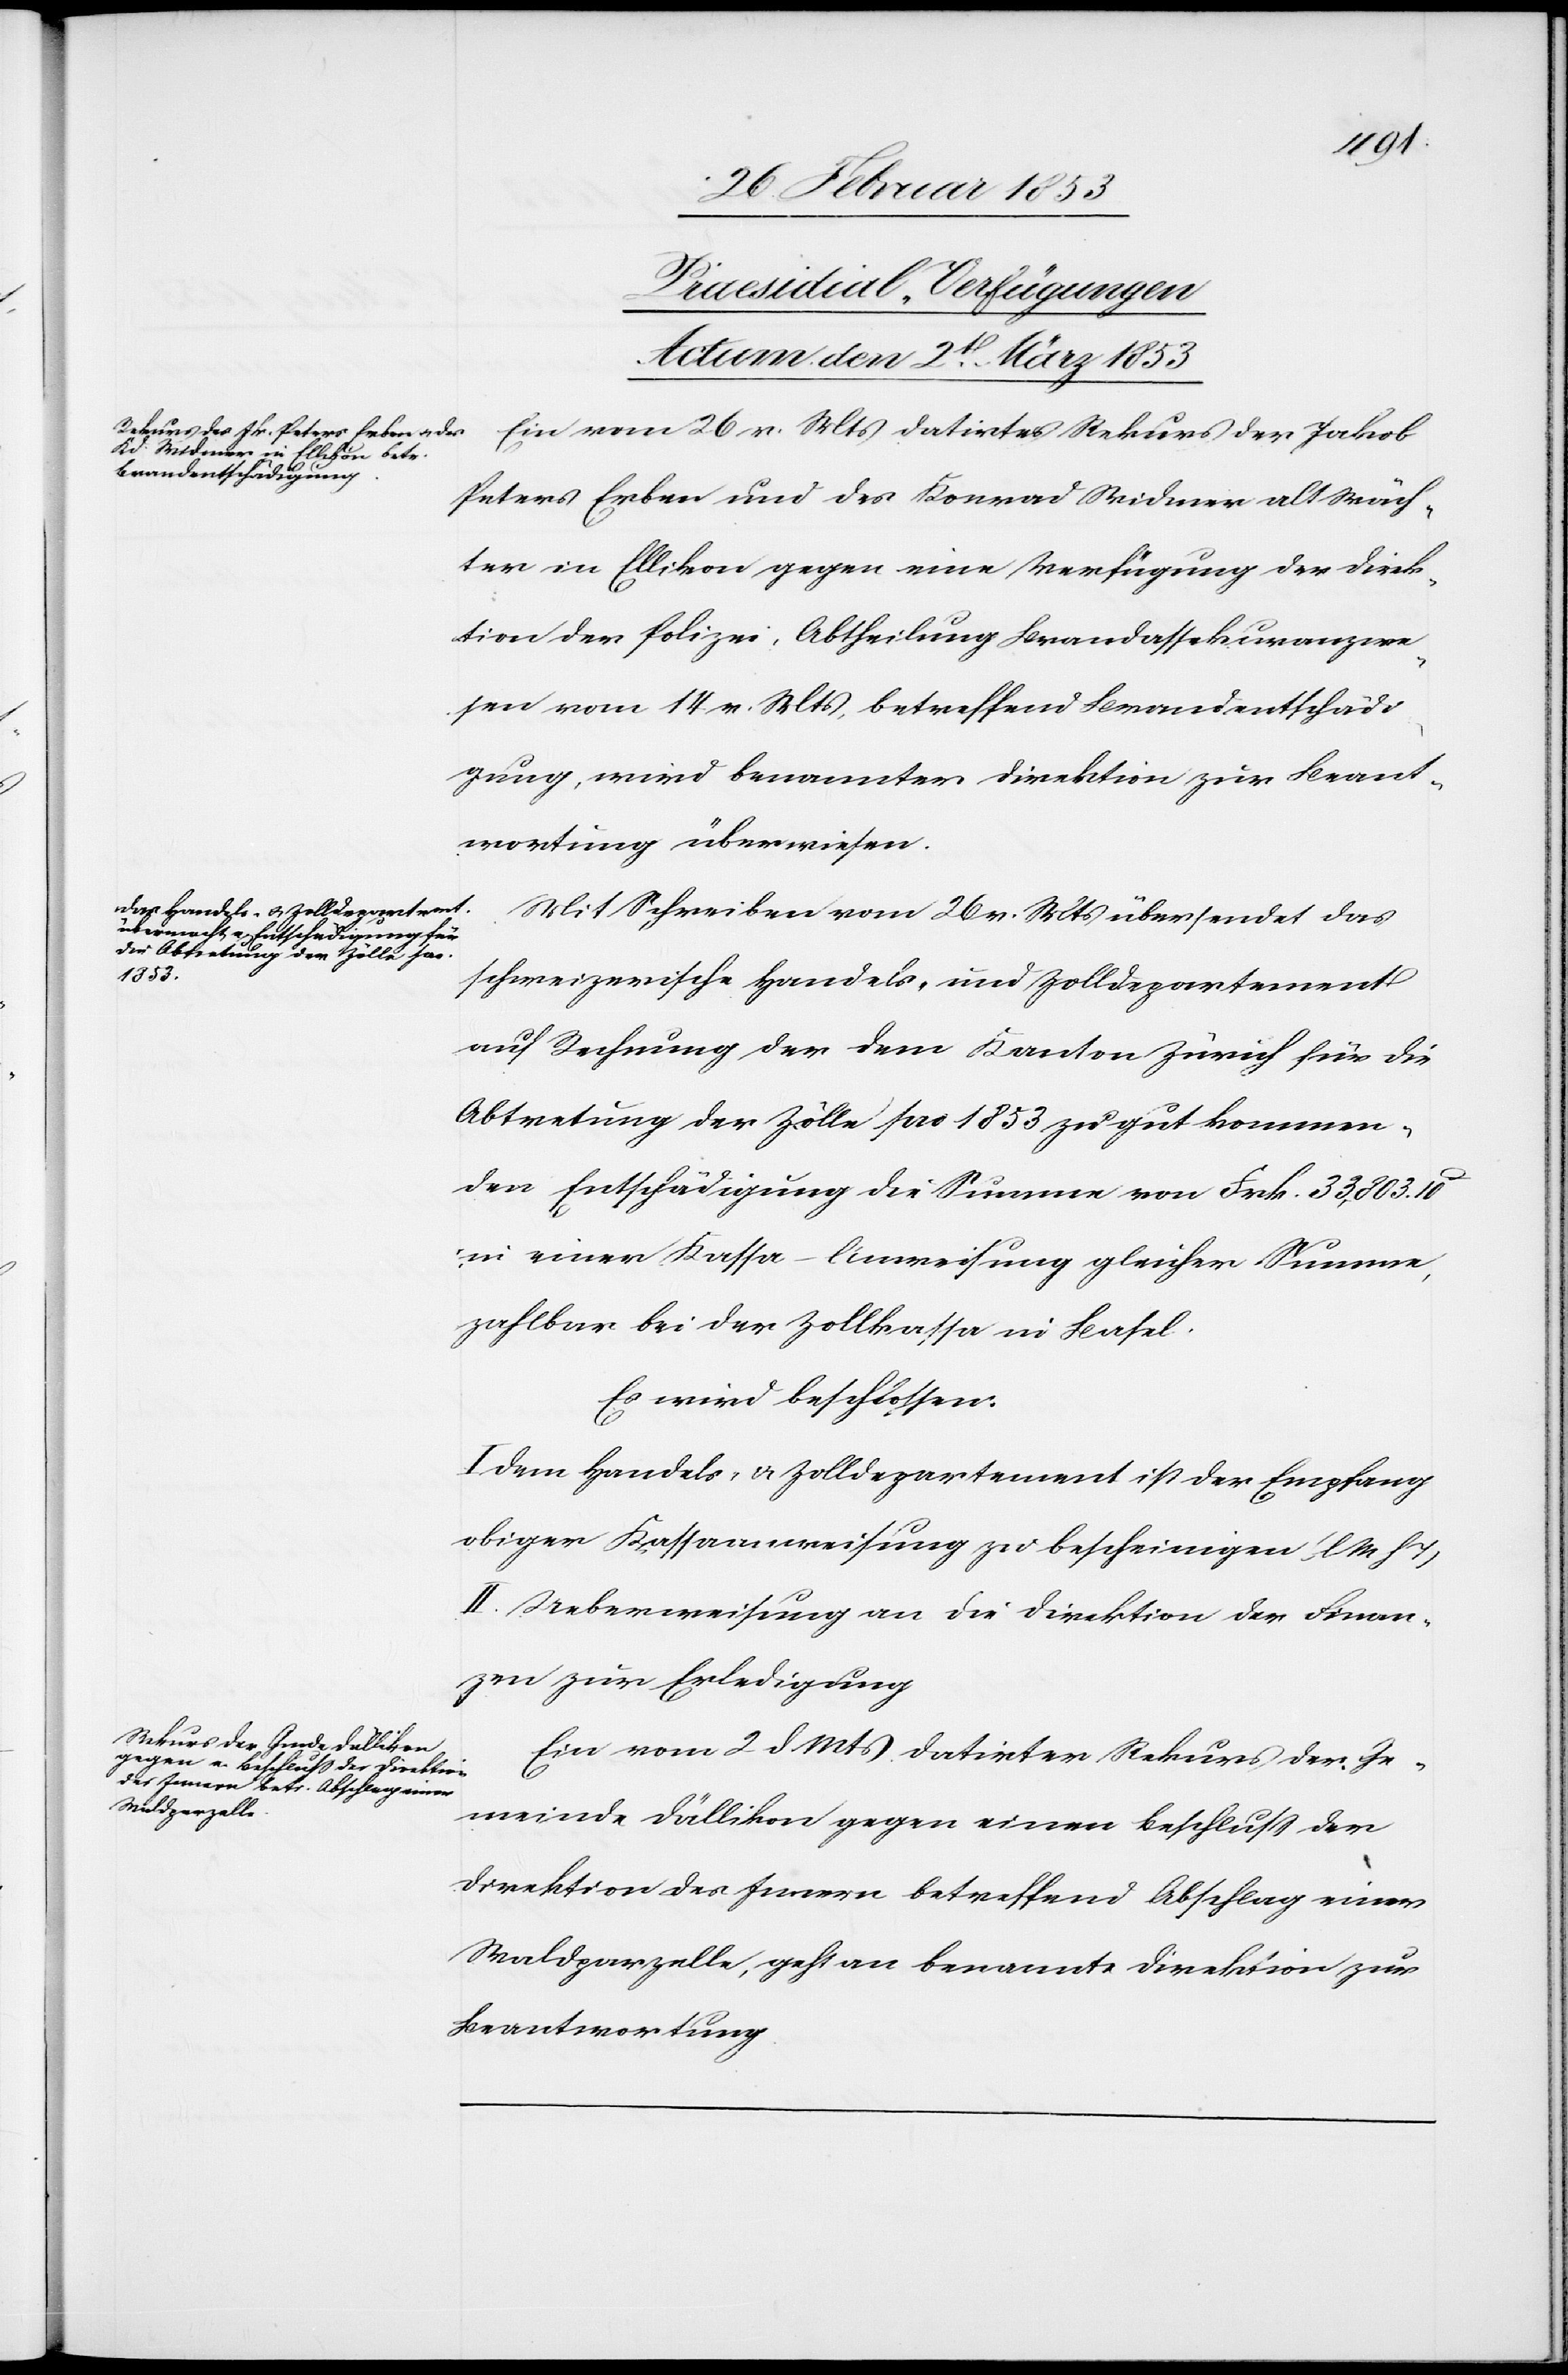
[Praesidial-Verfügungen
Actum, den 2t[en] März 1853]
Ein vom 26 v. Mts. datirter Rekurs des Jakob
Peters Erben und des Konrad Widmer alt Wäch¬
ter in Ellikon gegen eine Verfügung der Direk¬
tion der Polizei, Abtheilung Brandassekuranzwe¬
sen vom 14 v. Mts., betreffend Brandentschädi¬
gung wird benannter Direktion zur Beant¬
wortung überwiesen.
Mit Schreiben vom 26 v. Mts. übersendet das
schweizerische Handels- und Zolldepartement
auf Rechnung der dem Kanton Zürich für die
Abtretung der Zölle pro 1853 zu gut kommen¬
den Entschädigung die Summe von Frk. 33, 803. 10
in einer Kassa–Anweisung gleicher Summe,
zahlbar bei der Zollkassa in Basel.
Es wird beschlossen:
I. Dem Handels- u. Zolldepartement ist der Empfang
obiger Kassaanweisung zu bescheinigen [l. M. h. T]
II. Ueberweisung an die Direktion der Finan¬
zen zur Erledigung.
Ein vom 2 d. Mts. datirter Rekurs der Ge¬
meinde Dällikon gegen einen Beschluß der
Direktion des Innern betreffend Abschlag einer
Waldparzelle, geht an benannte Direktion zur
Beantwortung.